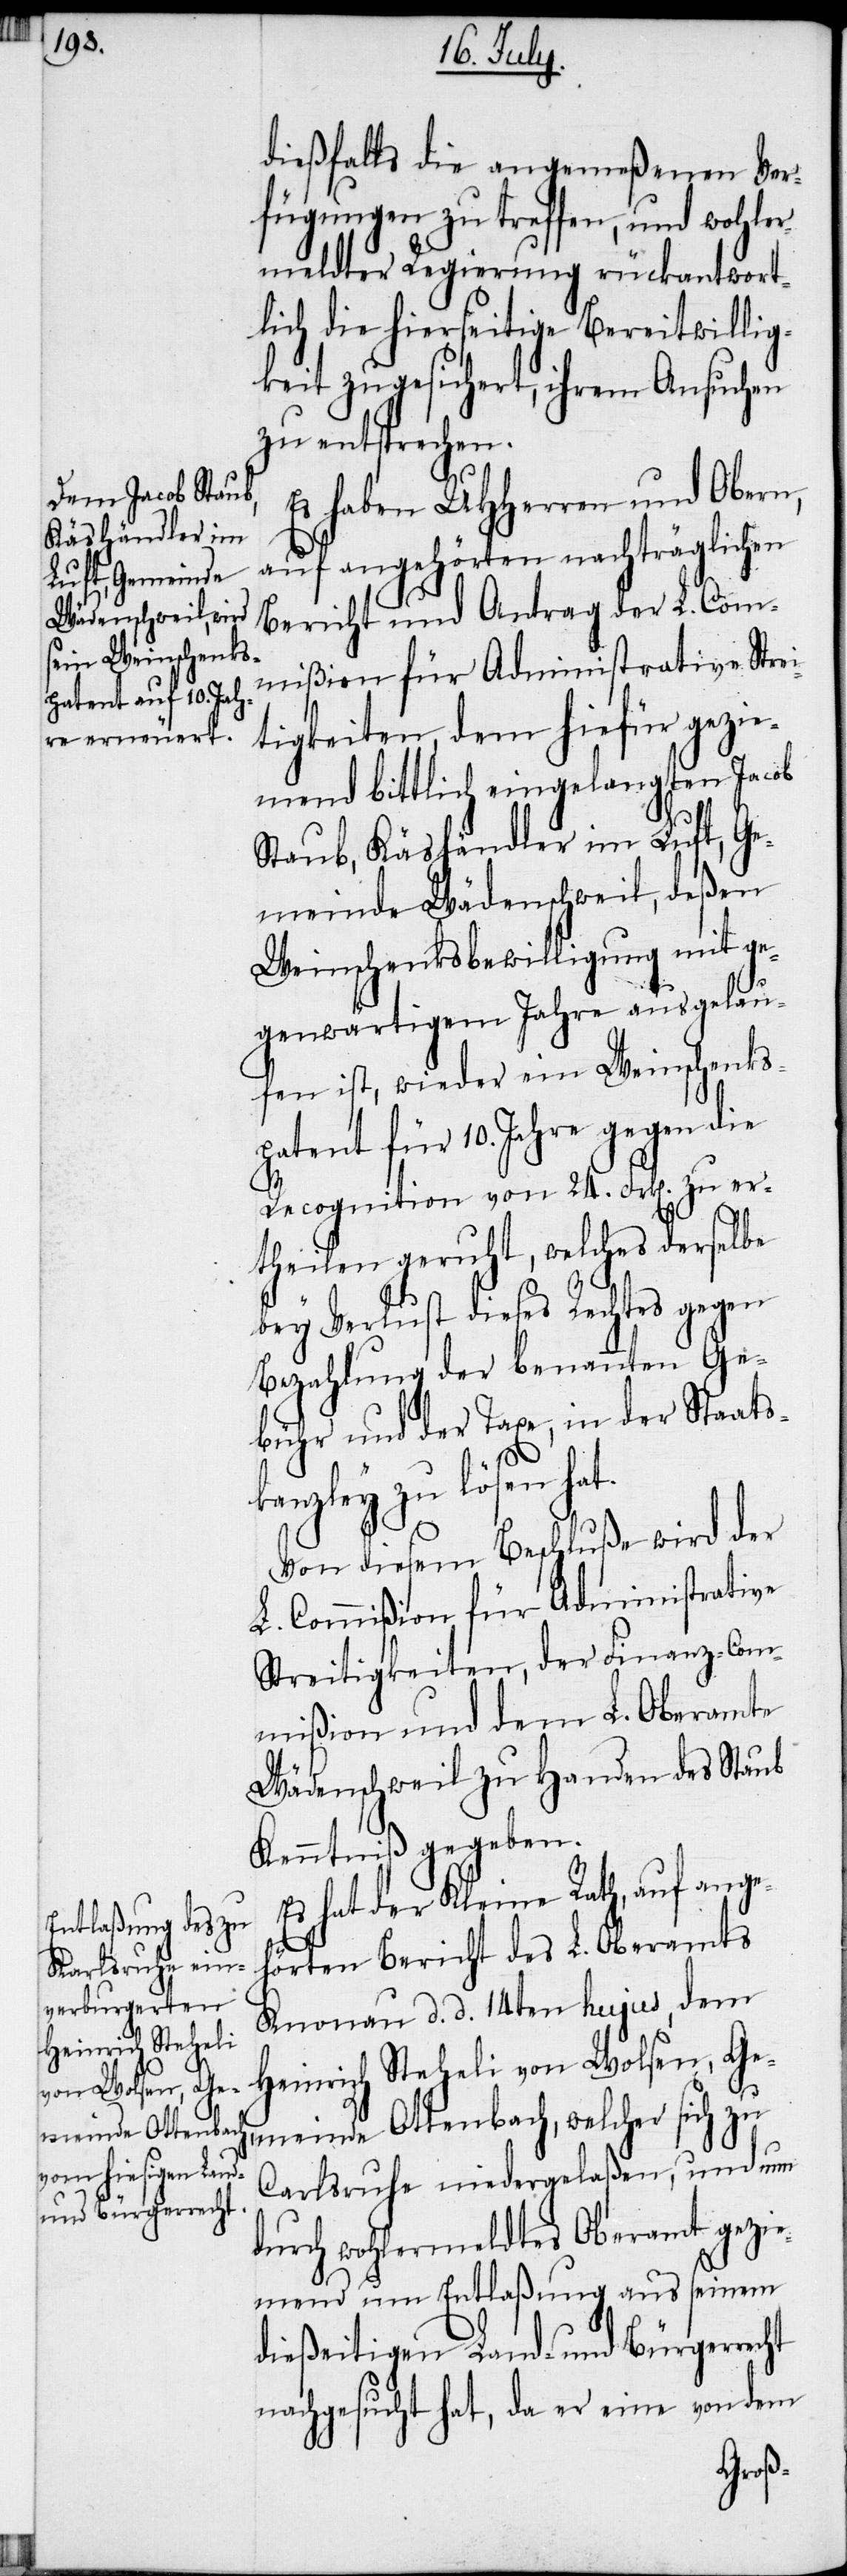
dießfalls die angemeßenen Ver¬
fügungen zu treffen, und wohler¬
meldter Regierung rückantwort¬
lich die hierseitige Bereitwillig¬
keit zugesichert, ihrem Ansuchen
zu entsprechen.
Es haben UHHerren und Obern,
auf angehörten nachträglichen
Bericht und Antrag der L. Com¬
mißion für Administrative Strei¬
tigkeiten, dem hiefür gezie¬
mend bittlich eingelangten Jacob
Staub, Käshändler im Luft, Ge¬
meinde Wädenschweil, deßen
Weinschenksbewilligung mit ge¬
genwärtigem Jahre ausgelau¬
fen ist, wieder ein Weinschenks¬
patent für 10. Jahre gegen die
Recognition von 24. Frk[en]. zu er¬
theilen geruht, welches derselbe
bey Verlust dieses Rechtes gegen
Bezahlung der benannten Ge¬
bühr und der Taxe, in der Staats¬
kanzley zu lösen hat.
Von diesem Beschluße wird der
L. Commißion für Administrative
Streitigkeiten, der Finanz-Com¬
mißion und dem L. Oberamte
Wädenschweil zu Handen des Staub
Kenntniß gegeben.
Es hat der Kleine Rath, auf ange¬
hörten Bericht des L. Oberamts
Knonau d. d. 14ten hujus, dem
Heinrich Steheli von Wolsen, Ge¬
meinde Ottenbach, welcher sich zu
Carlsruhe niedergelaßen, und nun
durch wohlermeldtes Oberamt gezie¬
mend um Entlaßung aus seinem
dießeitigen Land- und Bürgerrecht
nachgesucht hat, da er eine von dem